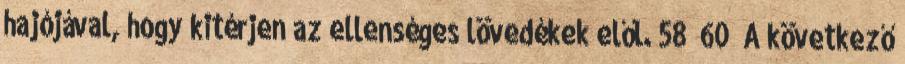
hajójával, hogy kitérjen az ellenséges lövedékek elől. 58 60 A következő